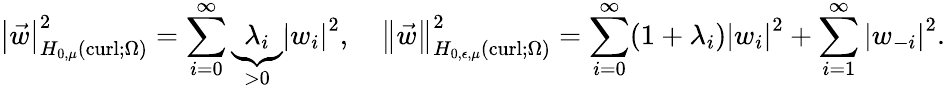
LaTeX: \left\lvert{\vec{w}}\right\rvert_{H_{0,\mu}(\operatorname{curl};\Omega)}^{2}=\sum_{i=0}^{\infty}\underbrace{\lambda_{i}}_{>0}\left\lvert{w_{i}}\right\rvert^{2},\quad{\left\lVert{\vec{w}}\right\rVert}_{H_{0,\epsilon,\mu}(\operatorname{curl};\Omega)}^{2}=\sum_{i=0}^{\infty}(1+\lambda_{i})\left\lvert{w_{i}}\right\rvert^{2}+\sum_{i=1}^{\infty}\left\lvert{w_{-i}}\right\rvert^{2}.